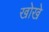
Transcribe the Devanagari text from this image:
खोखे